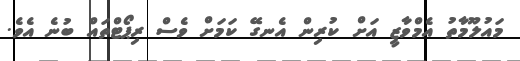
މައުލޫމާތު އެމްވާޒީ އަށް ކުރިން އެނގޭ ކަމަށް ވެސް ރިޕޯޓްތައް ބުނެ އެވެ.